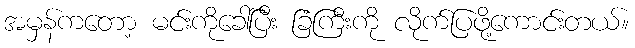
အမှန်ကတော့ မင်းကိုခေါ်ပြီး ခြံကြီးကို လိုက်ပြဖို့ကောင်းတယ်။